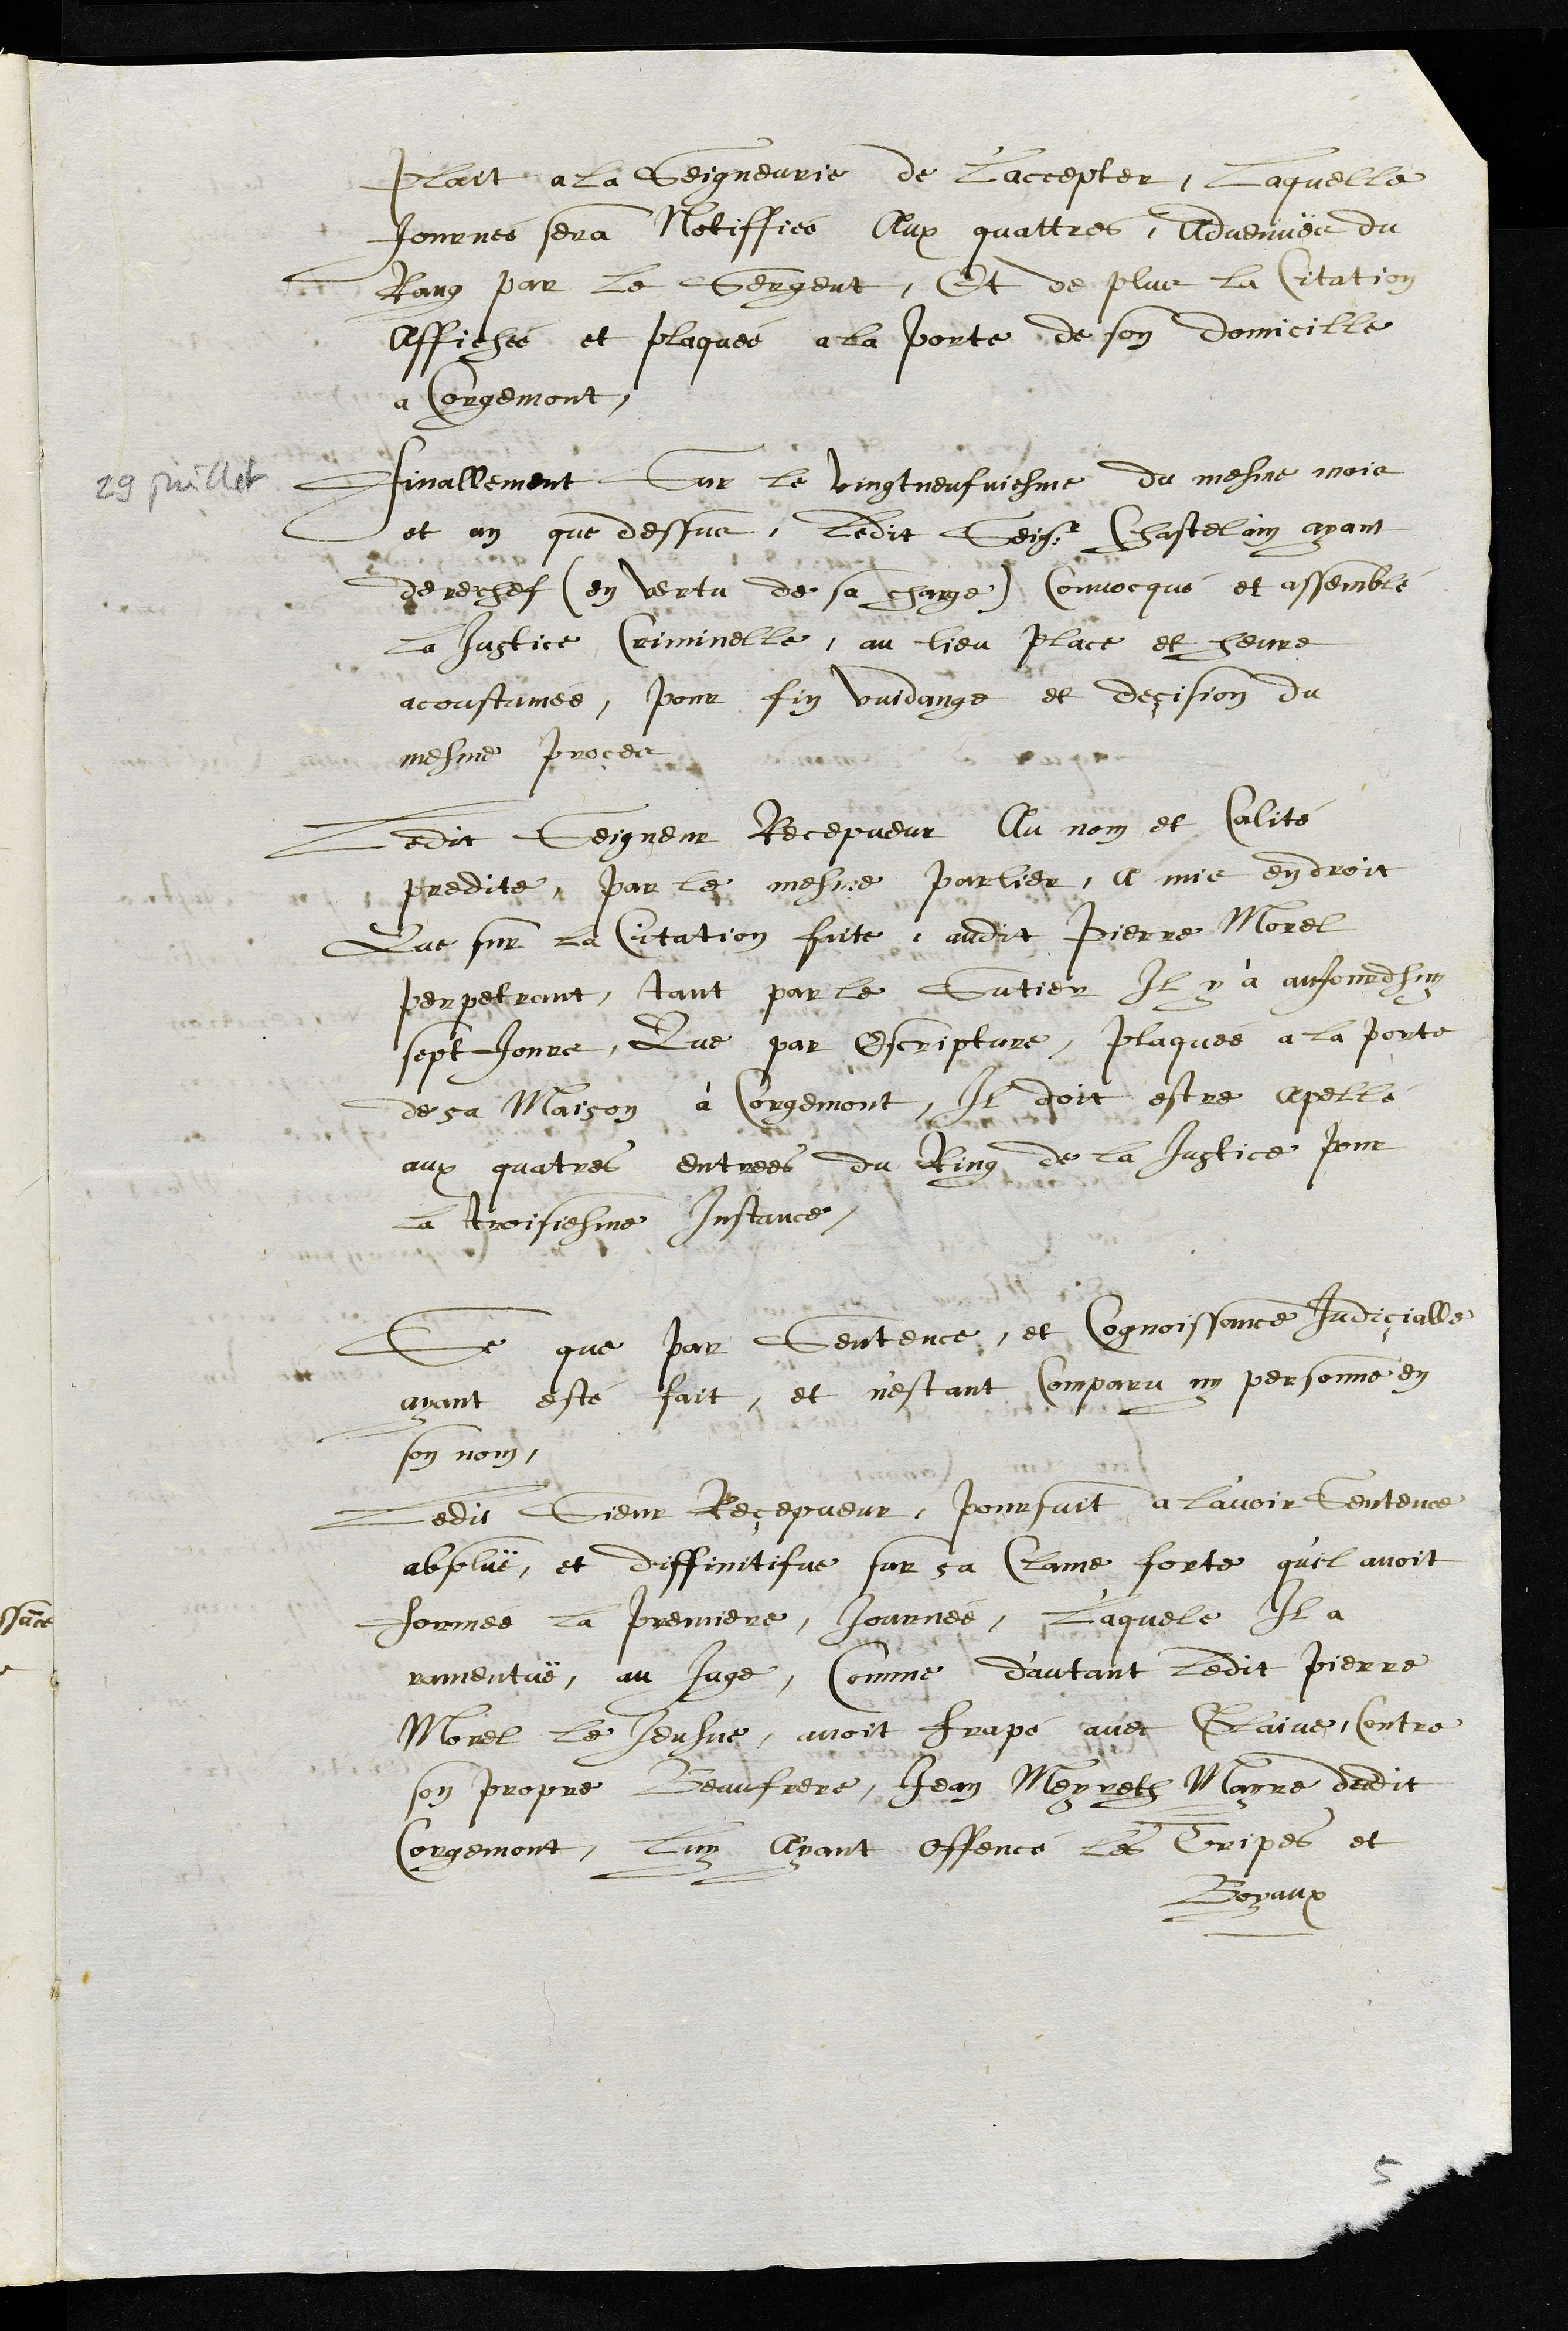
plait a la Seigneurie de L'accepter. Laquelle
Journée sera Notiffiée Aux quattres, Advenuës du
Rang par le Sergent, Et de plus la Citation
Affichée et plaquée a la porte de son domicille
a Corgemont,
29 Juillet
Finallement Sur le vingt neufviesme du mesme mois
et an que dessus, ledit Seigr Chastelain ayant
derechef (en vertu de sa charge) Convocqué et assemblé
la Justice Criminelle, au lieu place et heure
acoustumée, pour fin vuidange et deçision du
mesme proces
Ledit Seigneur Recepveur Au nom et Calité
predite par le mesme parlier, a mis en droit
Que sur la Citation faite audit Pierre Morel
perpetrant, tant par le Sutier Il y a aujourdhuy
sept Jours, Que par Escripture, plaquée a la porte
de sa Maison à Corgemont, Il doit estre appellé
aux quatres entrees du Ring de la Justice pour
la troisiesme Instance.
Se que par Sentence, et Cognoissance Judiçialle
ayant esté fait, et n'estant Comparu ny personne en
son nom,
Ledit Sieur Reçepveur poursuit a l'avoir Sentence
absoluë, et diffinitifve sur sa Clame forte qu'il avoit
formée la premiere, Journée, Laquelle Il a
ramentuë, au Juge, Comme d’autant ledit Pierre
Morel le Jeusne, avoit frapé avec Glaive, Contre
son propre Beaufrere, Jean Meyreth Mayre dudit
Corgemont, luy ayant offencé les Tripes et
Boyaux
5